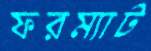
ফরম্যাট